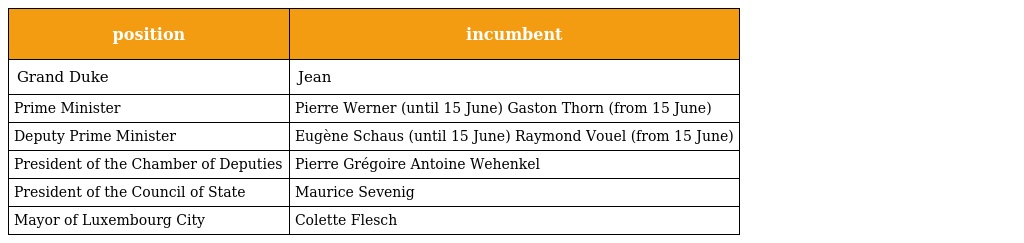
| position | incumbent |
 | --- | --- |
 | Grand Duke | Jean |
 | Prime Minister | Pierre Werner (until 15 June) Gaston Thorn (from 15 June) |
 | Deputy Prime Minister | Eugène Schaus (until 15 June) Raymond Vouel (from 15 June) |
 | President of the Chamber of Deputies | Pierre Grégoire Antoine Wehenkel |
 | President of the Council of State | Maurice Sevenig |
 | Mayor of Luxembourg City | Colette Flesch |